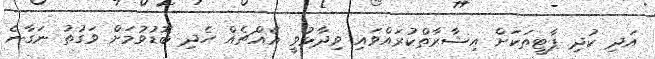
އަދި ކުދި ޕާޓީތަކަށް އިޝާރާތްކުރައްވައި ވިދާޅުވީ އެއްޗެއް ހެދި ބޮޑުވުމަށް ވަގުތު ނަގާނެ